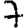
Digit: 7